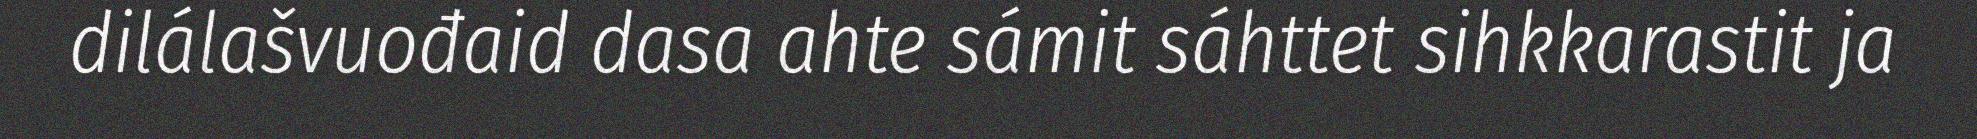
dilálašvuođaid dasa ahte sámit sáhttet sihkkarastit ja